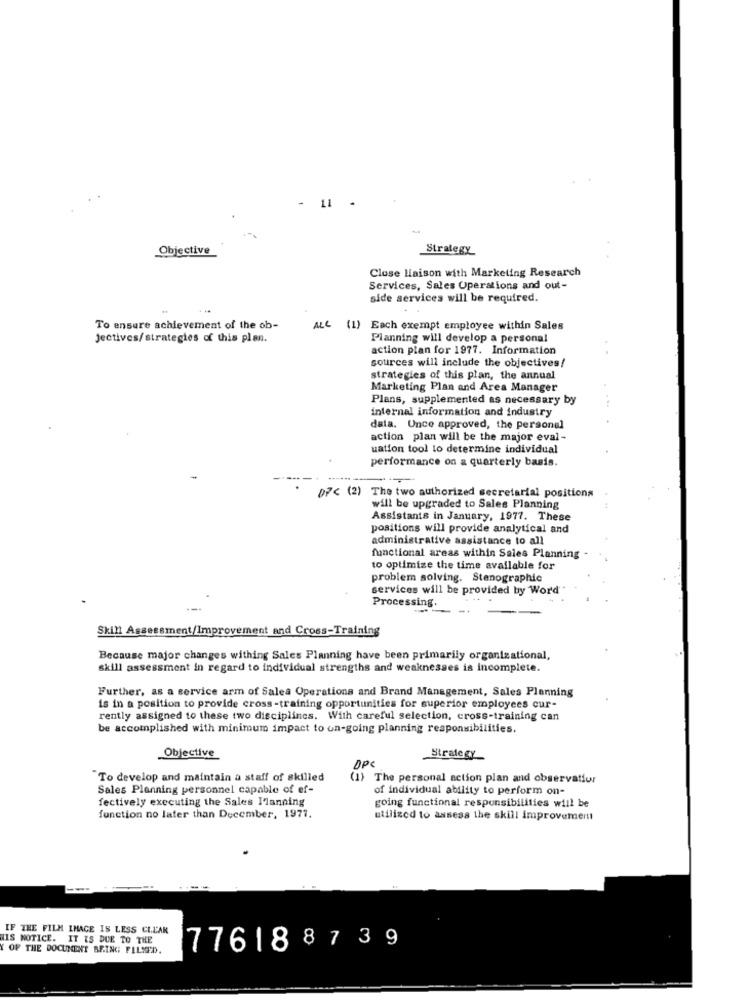
11
Objective
Strategy
Close Maison with Marketing Research
Services, Sales Operations and out-
side services will be required.
To ensure achievement of the ob-
ALL (1) Each exempt employee within Sales
Jectives/strategies of this plan.
Planning will develop a personal
action plan for 1977. Information
sources will include the objectives!
strategies of this plan, the annual
Marketing Plan and Area Manager
Plans, supplemented as necessary by
internal information and industry
data. Unce approved, the personal
action plan will be the major eval -
uation tool to determine individual
performance on a quarterly basis.
07< (2) The two authorized secretarial positions
will be upgraded to Sales Planning
Assistants in January, 1977. These
positions will provide analytical and
administrative assistance to all
functional areas within Sales Planning
to optimize the time available for
problem solving. Stenographic
services will be provided by Word
Processing.
Skill Assessment/Improvement and Cross-Training
Because major changes withing Sales Planning have been primarily organizational,
skill assessment in regard to individual strengths and weaknesses is incomplete.
Further, as a service arm of Sales Operations and Brand Management, Sales Planning
is in a position to provide cross -training opportunities for superior employees cur-
rently assigned to these two disciplincs. With careful selection, cross-training can
be accomplished with minimum impact to on-going planning responsibilities.
Objective
Strategy
DPC
"To develop and maintain a staff of skilled
(1) The personal action plan and observatior
Sales Planning personnel capable of ef-
of individual ability to perform on-
fectively executing the Sales Planning
going functional responsibilities will be
function no later than December, 1977.
utilized to assess the skill improvement
IF THE FILM IMAGE IS LESS CLEAR
HIS NOTICE. IT IS DUE TO THE
OF THE DOCUMENT BEING FILMED.
776188739